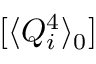
[ \langle Q _ { i } ^ { 4 } \rangle _ { 0 } ]